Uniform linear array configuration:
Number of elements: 12
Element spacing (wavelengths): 1
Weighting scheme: exponential
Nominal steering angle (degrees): -60
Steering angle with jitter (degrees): -60.015
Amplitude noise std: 0.05
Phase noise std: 0.05

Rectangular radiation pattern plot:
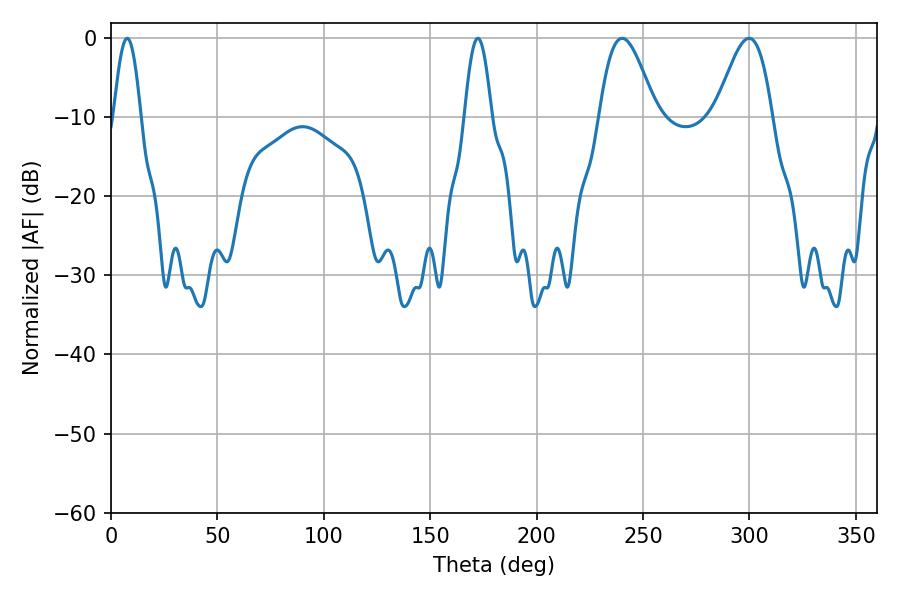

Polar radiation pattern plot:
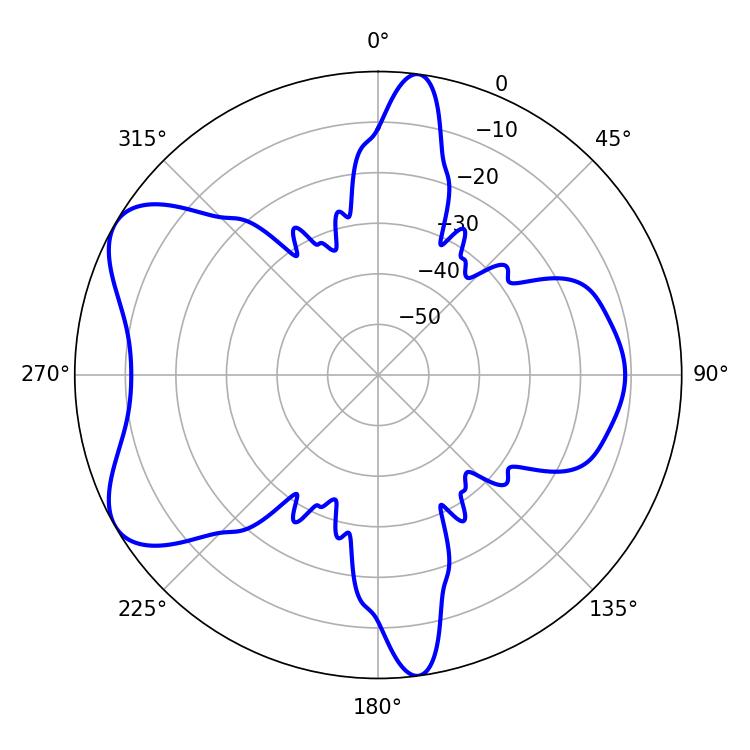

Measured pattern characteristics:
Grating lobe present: TRUE
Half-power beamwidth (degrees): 14.04
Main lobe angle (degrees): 240.12